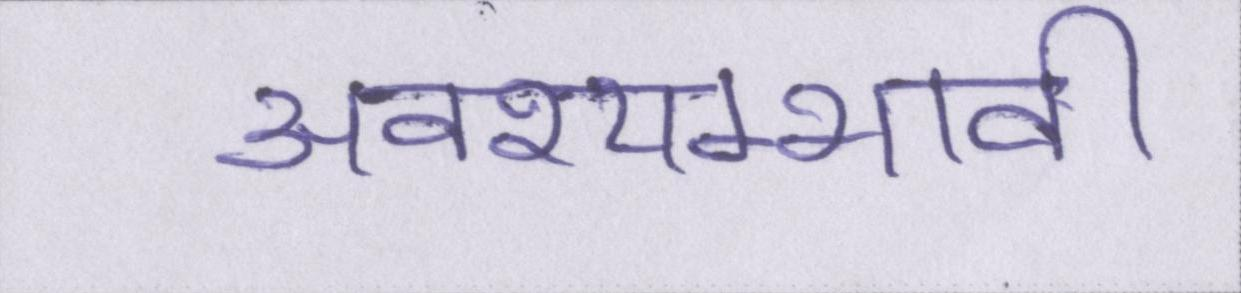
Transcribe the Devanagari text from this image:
अवश्यम्भावी